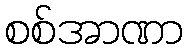
စစ်အာဏာ